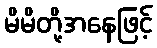
မိမိတို့အနေဖြင့်